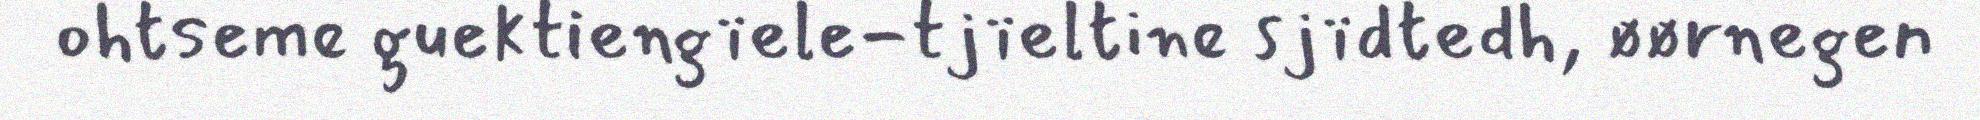
ohtseme guektiengïele-tjïeltine sjïdtedh, øørnegen